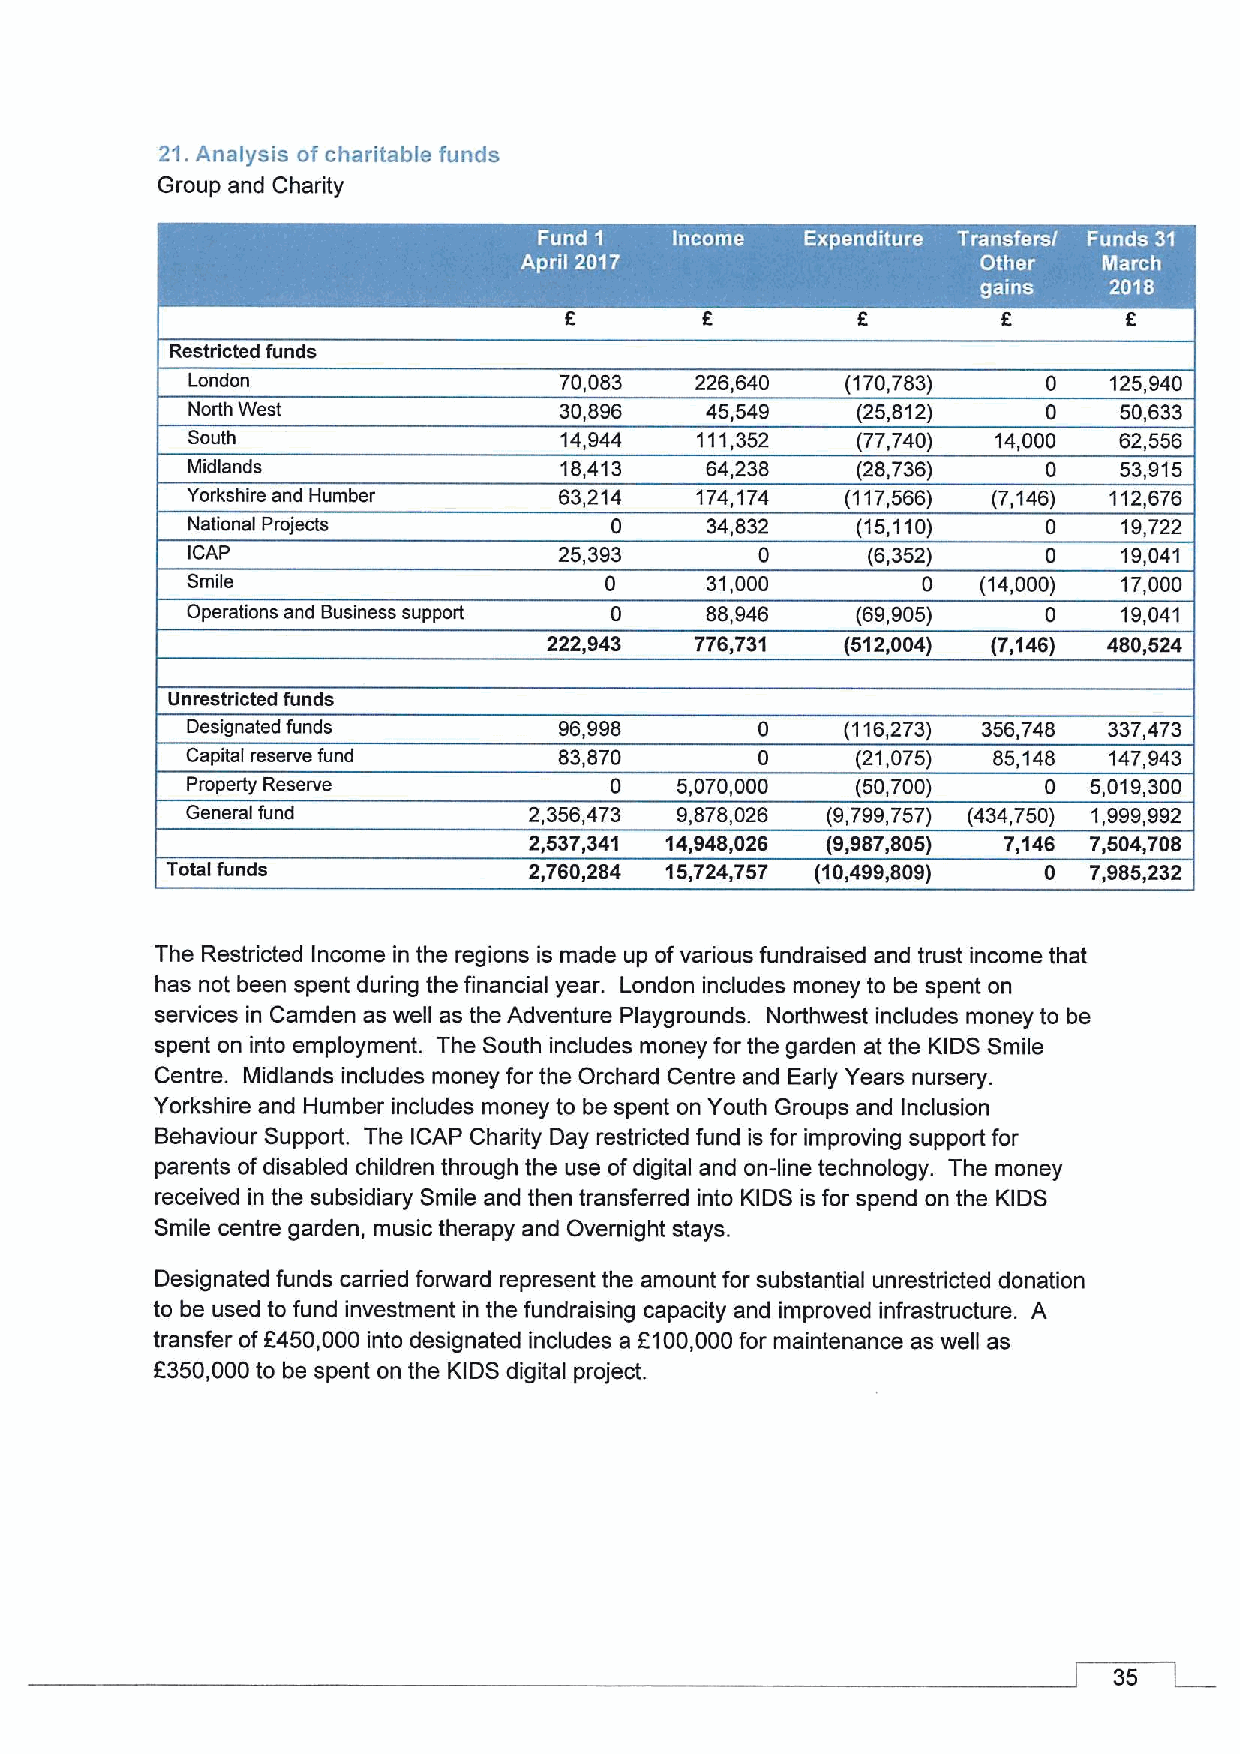
21.Analysis of charitable funds
 Group and Charity
 ~  I
 Restricted funds
 London                   70,083   226,640   (170,783)    0   125,940
 North West               30,896    45,549    (25,812)    0    50,633
 South                    14,944   111,352    (77,740) 14,000  62,556
 Midlands                 18,413    64,238    (28,736)    0    53,915
 Yorkshire and Humber     63,214   174,174   (117,566) (7,146) 112,676
 National Projects           0      34,832    (15,110)    0    19,722
 ICAP                     25,393       0      (6,352)     0    19,041
 Smile                       0      31,000        0   (14,000) 17,000
 Operations and Business support 0  88,946    (69,905)    0    19,041
 222,943   776,731   (512,004) (7,146) 480,524
 Unrestricted funds
 Designated funds         96,998       0     (116,273) 356,748 337,473
 Capital reserve fund     83,870       0      (21,075) 85,148 147,943
 Property Reserve            0    5,070,000   (50,700)    0  5,019,300
 General fund           2,356,473 9,878,026 (9,799,757) (434,750) 1,999,992
 2,537,341 14,948,026 (9,987,805) 7,146 7,504,708
 Total funds             2,760,284 15,724,757 (10,499,809) 0  7,985,232
 The Restricted Income in the regions is made up of various fundraised and trust income that
 has not been spent duding the financial year. London includes money to be spent on
 services in Camden as well as the Adventure Playgrounds. Northwest includes money to be
 spent on into employment. The South includes money for the garden at the KIDS Smile
 Centre. Midlands includes money for the Orchard Centre and Early Years nursery.
 Yorkshire and Humber includes money to be spent on Youth Groups and Inclusion
 Behaviour Support. The ICAP Charity Day restdicted fund is for improving support for
 parents ofdisabled children through the use ofdigital and on-line technology. The money
 received in the subsidiary Smile and then transferred into KIDS is for spend on the KIDS
 Smile centre garden, music therapy and Overnight stays.
 Designated funds cardied forward represent the amount for substantial unrestricted donation
 to be used to fund investment in the fundraising capacity and improved infrastructure. A
 transfer off450,000 into designated includes a 2100,000for maintenance as well as
 f350,000to be spent on the KIDS digital project.
 35